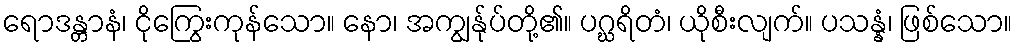
ရောဒန္တာနံ၊ ငိုကြွေးကုန်သော။ နော၊ အကျွန်ုပ်တို့၏။ ပဂ္ဃရိတံ၊ ယိုစီးလျက်။ ပသန္နံ၊ ဖြစ်သော။